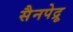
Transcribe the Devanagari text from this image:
सैनपेद्रू